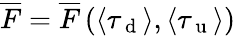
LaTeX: \overline{{F}}=\overline{{F}}\left(\langle\tau_{\mathrm{~d~}}\rangle,\langle\tau_{\mathrm{~u~}}\rangle\right)